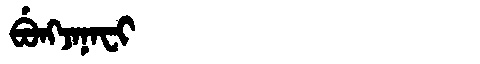
Manchu: ᠪᡠᠩᠵᠠᠨᠠᠸᡳ
Romanization: BUNGJANAFI